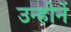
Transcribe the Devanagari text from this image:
उन्हीनें